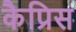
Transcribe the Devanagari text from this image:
कैप्रिस